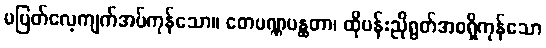
မပြတ်လေ့ကျက်အပ်ကုန်သော။ တေပဏ္ဏပန္ထတာ၊ ထိုပန်းညိုရွတ်အစရှိကုန်သော